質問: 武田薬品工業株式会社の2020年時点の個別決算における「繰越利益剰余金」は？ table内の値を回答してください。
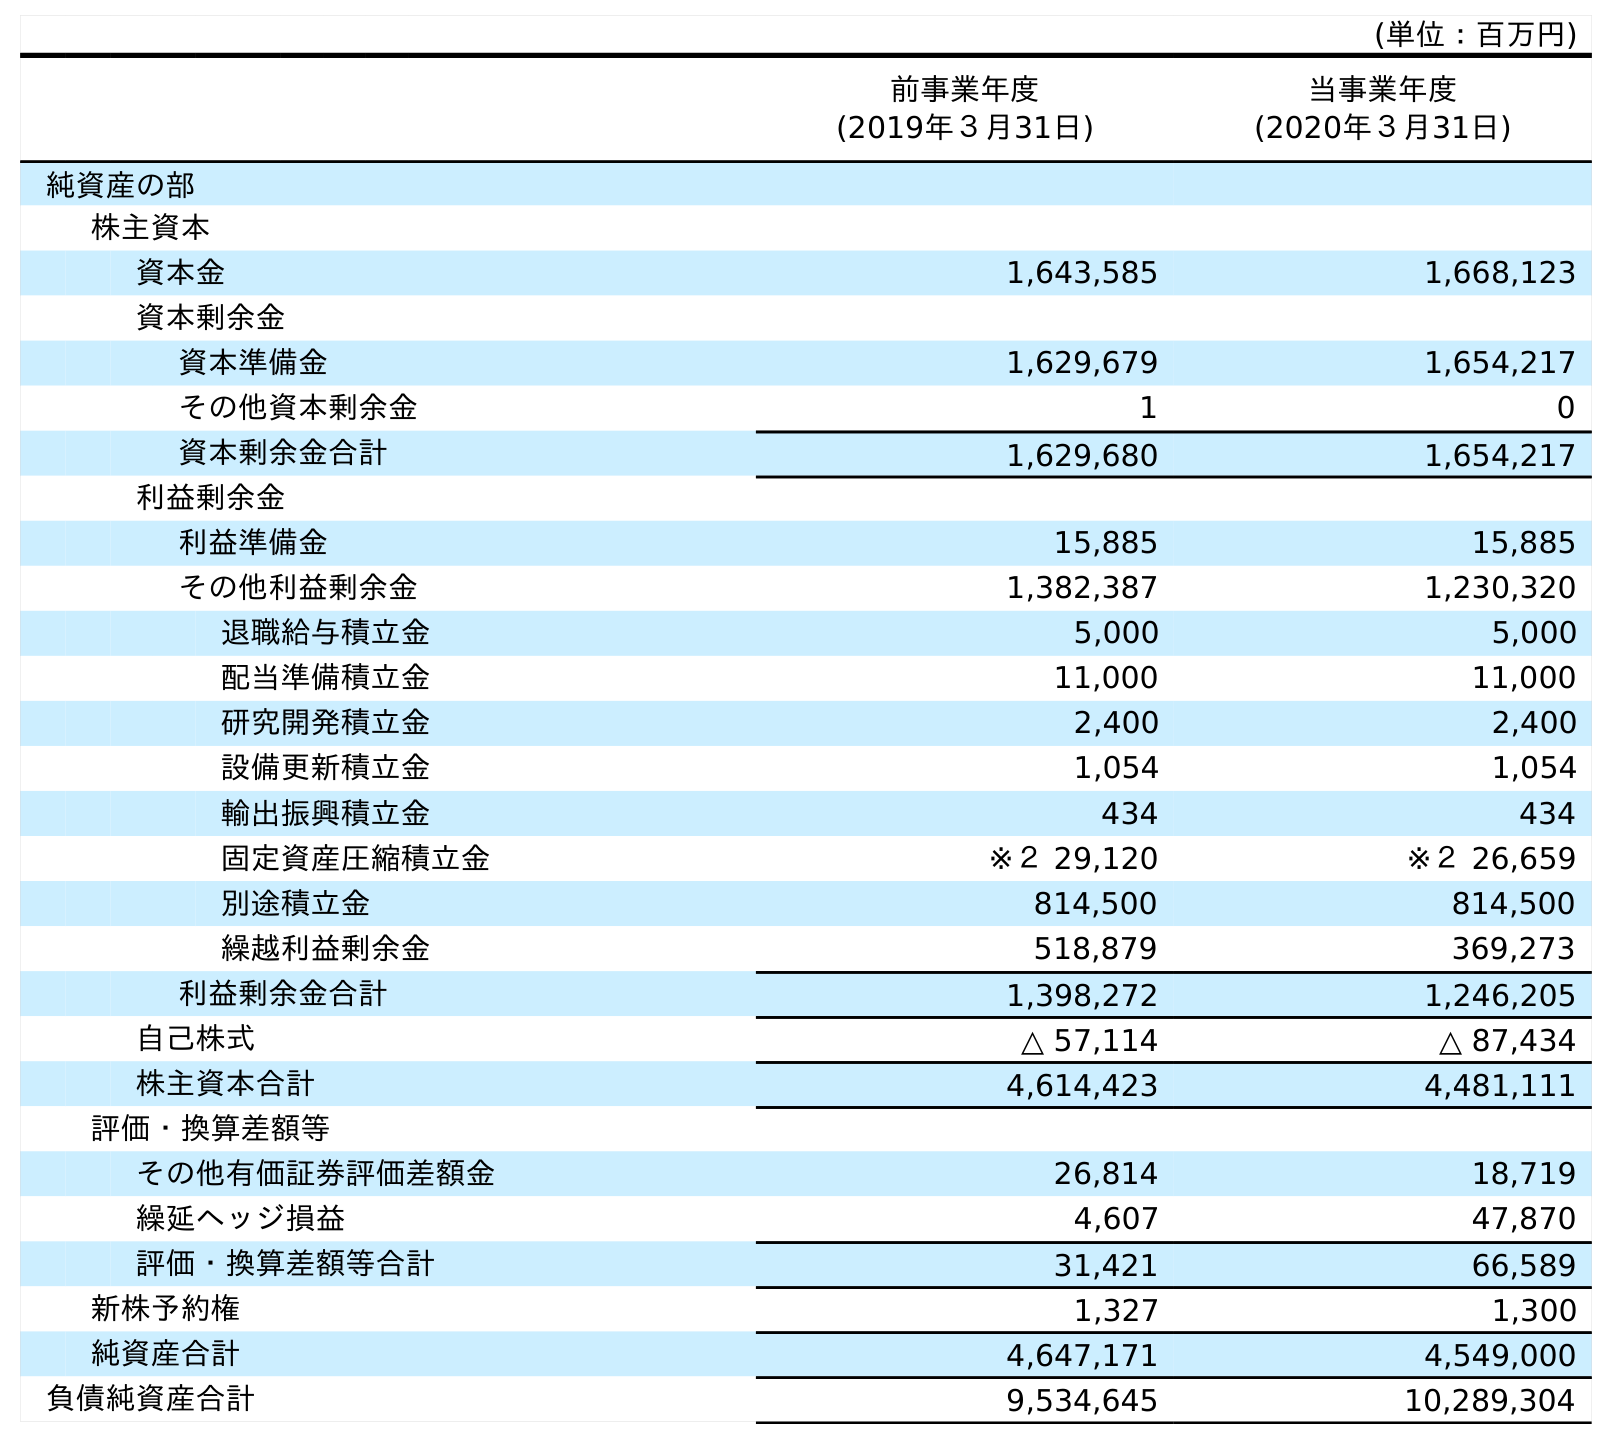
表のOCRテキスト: (単位：百万円) 前事業年度 (2019年３月31日) 当事業年度 (2020年３月31日) 純資産の部 株主資本 資本金 1,643,585 1,668,123 資本剰余金 資本準備金 1,629,679 1,654,217 その他資本剰余金 1 0 資本剰余金合計 1,629,680 1,654,217 利益剰余金 利益準備金 15,885 15,885 その他利益剰余金 1,382,387 1,230,320 退職給与積立金 5,000 5,000 配当準備積立金 11,000 11,000 研究開発積立金 2,400 2,400 設備更新積立金 1,054 1,054 輸出振興積立金 434 434 固定資産圧縮積立金 ※２ 29,120 ※２ 26,659 別途積立金 814,500 814,500 繰越利益剰余金 518,879 369,273 利益剰余金合計 1,398,272 1,246,205 自己株式 △ 57,114 △ 87,434 株主資本合計 4,614,423 4,481,111 評価・換算差額等 その他有価証券評価差額金 26,814 18,719 繰延ヘッジ損益 4,607 47,870 評価・換算差額等合計 31,421 66,589 新株予約権 1,327 1,300 純資産合計 4,647,171 4,549,000 負債純資産合計 9,534,645 10,289,304
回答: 369,273